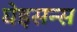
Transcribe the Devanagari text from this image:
घेइसन्स